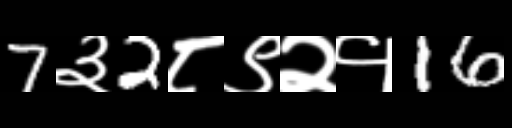
Text: 7३2८९२१16